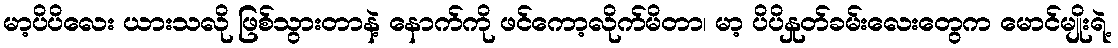
မာ့ပိပိလေး ယားသလို ဖြစ်သွားတာနဲ့ နောက်ကို ဖင်ကော့လိုက်မိတာ၊ မာ့ ပိပိနှုတ်ခမ်းလေးတွေက မောင်မျိုးရဲ့